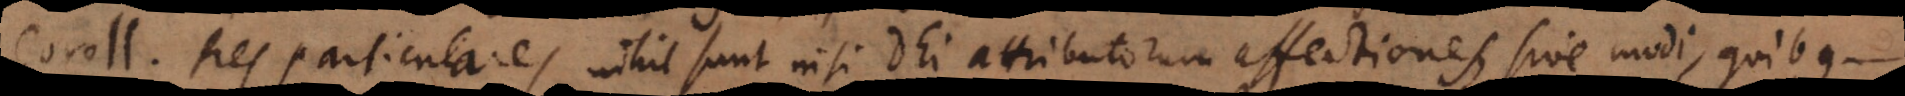
m. Res particulares nihil sunt nisi Dei attributorum affectiones, sive modi, quibus